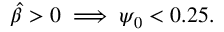
\hat { \beta } > 0 \implies \psi _ { 0 } < 0 . 2 5 .